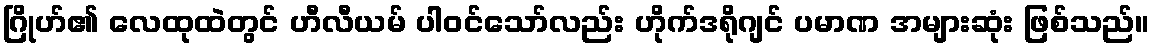
ဂြိုဟ်၏ လေထုထဲတွင် ဟီလီယမ် ပါဝင်သော်လည်း ဟိုက်ဒရိုဂျင် ပမာဏ အများဆုံး ဖြစ်သည်။